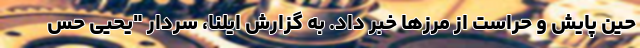
حین پایش و حراست از مرزها خبر داد. به گزارش ایلنا، سردار "یحیی حس